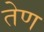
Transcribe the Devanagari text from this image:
तेण